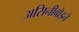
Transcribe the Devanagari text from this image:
असिनीबोइने